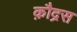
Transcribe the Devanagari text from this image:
क़ौद्रस